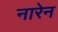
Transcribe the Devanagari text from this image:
नारेन